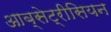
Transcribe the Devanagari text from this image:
आब्सेट्रीसियन